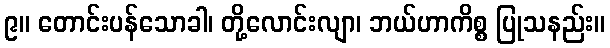
၉။ တောင်းပန်သောခါ၊ တို့လောင်းလျာ၊ ဘယ်ဟာကိစ္စ ပြုသနည်း။